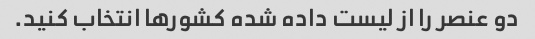
دو عنصر را از لیست داده شده کشورها انتخاب کنید.